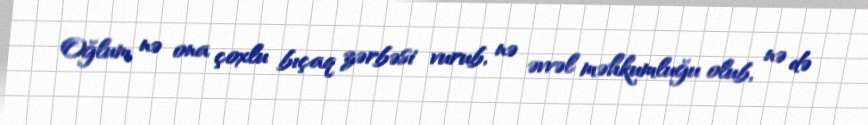
Oğlum nə ona çoxlu bıçaq zərbəsi vurub, nə əvvəl məhkumluğu olub, nə də